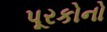
પૂરકોનો